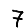
Digit: 7